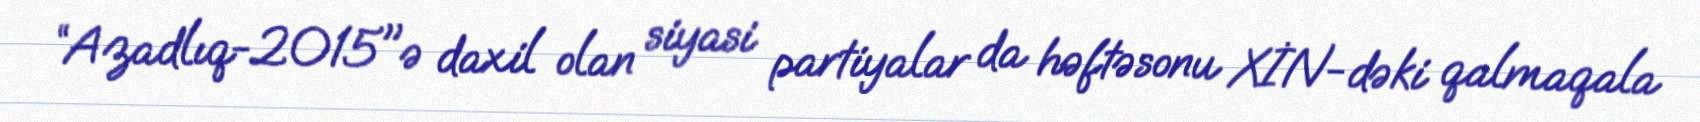
“Azadlıq-2015"ə daxil olan siyasi partiyalar da həftəsonu XİN-dəki qalmaqala